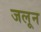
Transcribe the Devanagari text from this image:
जलून